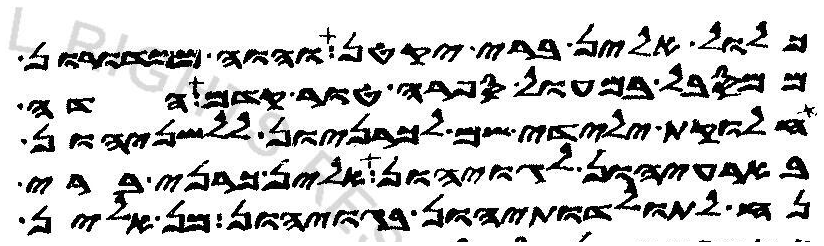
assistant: כלול אלין ברי יקטן והוה ממדורון
ממסבל במעול ספרה טור קדם הדה
חלוקת ילידי שם לכרניון ללשניהון
בארעיהון לגויהון אלין כרני ברי
נח לתולדותיהון בגויהון מן אלין